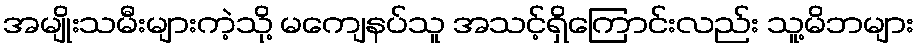
အမျိုးသမီးများကဲ့သို့ မကျေနပ်သူ အသင့်ရှိကြောင်းလည်း သူ့မိဘများ